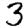
Digit: 3